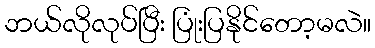
ဘယ်လိုလုပ်ပြီး ပြုံးပြနိုင်တော့မလဲ။